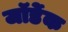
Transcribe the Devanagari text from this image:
जॉर्डेक